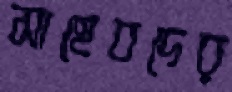
সাহেবদের